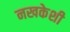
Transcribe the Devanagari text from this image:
नखकेशी